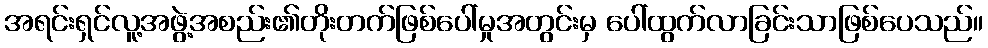
အရင်းရှင်လူ့အဖွဲ့အစည်း၏တိုးတက်ဖြစ်ပေါ်မှုအတွင်းမှ ပေါ်ထွက်လာခြင်းသာဖြစ်ပေသည်။